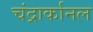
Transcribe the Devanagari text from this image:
चंद्रार्कानल